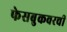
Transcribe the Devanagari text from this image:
फेसबुकवरची